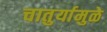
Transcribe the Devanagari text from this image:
चातुर्यामुळे